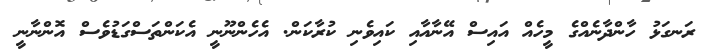
ރަނގަޅު ހާންދާނެއްގެ މީހެއް އައިސް އޭނާއާއި ކައިވެނި ކުރާކަން. އެހެންނޫނީ އެކަންތަސްގަޑުވެސް އޮންނާނީ